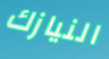
النيازك